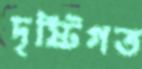
দৃষ্টিগত